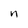
Character: n